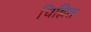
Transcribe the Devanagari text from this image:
चिह्नित